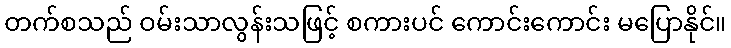
တက်စသည် ဝမ်းသာလွန်းသဖြင့် စကားပင် ကောင်းကောင်း မပြောနိုင်။